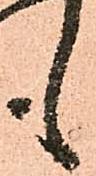
も